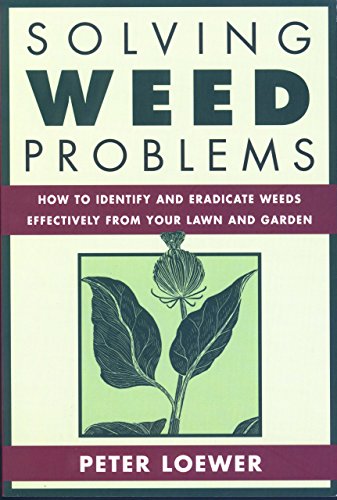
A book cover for Solving Weed Problems: How to Identify and Eradicate Them Effectively from Your Garden; Peter Loewer; Crafts, Hobbies & Home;